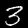
Digit: 3